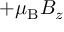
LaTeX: + \mu _ { \mathrm { { B } } } B _ { z }